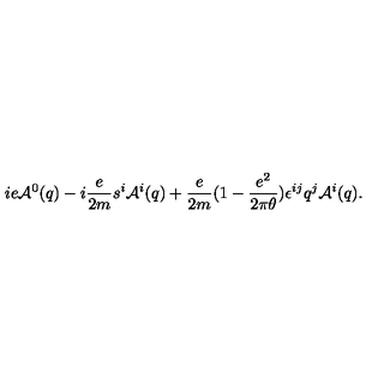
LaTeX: i e { \cal A } ^ { 0 } ( q ) - i \frac { e } { 2 m } { s ^ { i } } { \cal A } ^ { i } ( q ) + \frac { e } { 2 m } ( 1 - \frac { e ^ { 2 } } { 2 \pi \theta } ) \epsilon ^ { i j } q ^ { j } { \cal A } ^ { i } ( q ) .